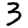
Digit: 3